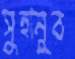
সুহানুর